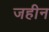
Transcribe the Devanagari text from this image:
जहीन